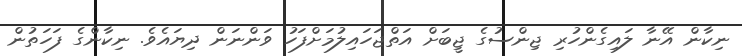
ނިކާން އޭނާ ލައިގެންހުރި ޖިންސުގެ ޖީބަށް އަތްޖަހައިލުމަށްފަހު ވަންނަން ދިޔައެވެ. ނިކާންގެ ފަހަތުން